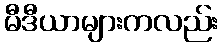
မီဒီယာများကလည်း